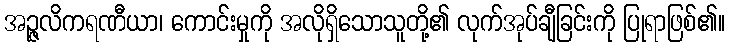
အဉ္ဇလိကရဏီယာ၊ ကောင်းမှုကို အလိုရှိသောသူတို့၏ လုက်အုပ်ချီခြင်းကို ပြုရာဖြစ်၏။